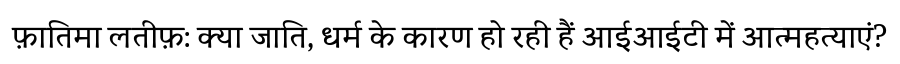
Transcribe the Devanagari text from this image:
फ़ातिमा लतीफ़: क्या जाति, धर्म के कारण हो रही हैं आईआईटी में आत्महत्याएं?